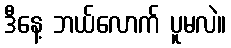
ဒီနေ့ ဘယ်လောက် ပူမလဲ။